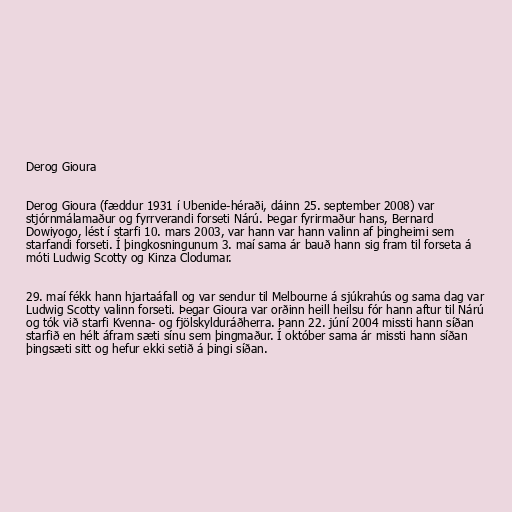
Derog Gioura

Derog Gioura (fæddur 1931 í Ubenide-héraði, dáinn 25. september 2008) var
stjórnmálamaður og fyrrverandi forseti Nárú. Þegar fyrirmaður hans, Bernard
Dowiyogo, lést í starfi 10. mars 2003, var hann var hann valinn af þingheimi sem
starfandi forseti. Í þingkosningunum 3. maí sama ár bauð hann sig fram til forseta á
móti Ludwig Scotty og Kinza Clodumar.

29. maí fékk hann hjartaáfall og var sendur til Melbourne á sjúkrahús og sama dag var
Ludwig Scotty valinn forseti. Þegar Gioura var orðinn heill heilsu fór hann aftur til Nárú
og tók við starfi Kvenna- og fjölskylduráðherra. Þann 22. júní 2004 missti hann síðan
starfið en hélt áfram sæti sínu sem þingmaður. Í október sama ár missti hann síðan
þingsæti sitt og hefur ekki setið á þingi síðan.